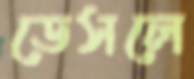
ডেসলে